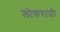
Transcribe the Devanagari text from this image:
लोकराजी